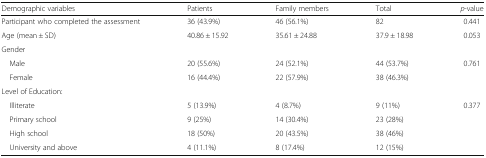
| Demographic variables | Patients | Family members | Total | p-value |
 | --- | --- | --- | --- | --- |
 | Participant who completed the assessment | 36 (43.9%) | 46 (56.1%) | 82 | 0.441 |
 | Age (mean ± SD) | 40.86 ± 15.92 | 35.61 ± 24.88 | 37.9 ± 18.98 | 0.053 |
 | <COLSPAN=5> Gender |
 | Male | 20 (55.6%) | 24 (52.1%) | 44 (53.7%) | <ROWSPAN=2> 0.761 |
 | Female | 16 (44.4%) | 22 (57.9%) | 38 (46.3%) |
 | <COLSPAN=5> Level of Education: |
 | Illiterate | 5 (13.9%) | 4 (8.7%) | 9 (11%) | <ROWSPAN=4> 0.377 |
 | Primary school | 9 (25%) | 14 (30.4%) | 23 (28%) |
 | High school | 18 (50%) | 20 (43.5%) | 38 (46%) |
 | University and above | 4 (11.1%) | 8 (17.4%) | 12 (15%) |